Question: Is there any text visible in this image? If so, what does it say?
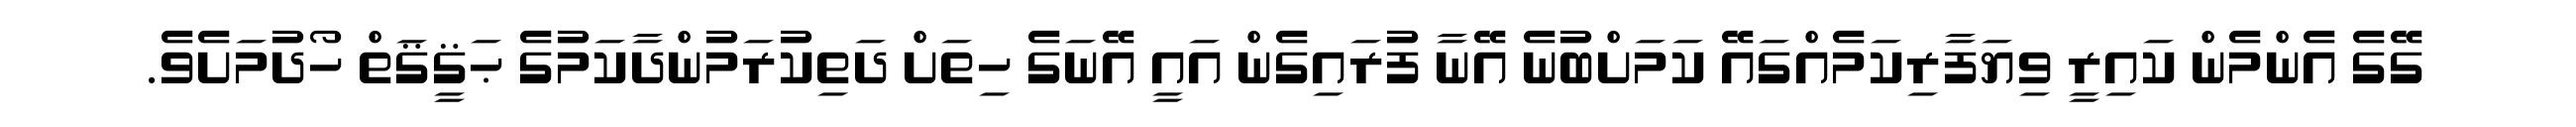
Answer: ގޭގެ އެންމެން ކައިރީ ވިޔަފާރިކަމެއްގައޭ ކަމަށްބުނެ އޭނާ ފުރައިގެން އައީ އޭނަގެ ހިތަށް ދަތިކުރަމުންދާކަމުގެ ޙަޤީޤަތް ހޯދުމަށެވެ.